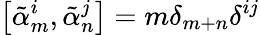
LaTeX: \left[{\tilde{\alpha}}_{m}^{i},{\tilde{\alpha}}_{n}^{j}\right]=m\delta_{m+n}\delta^{ij}